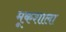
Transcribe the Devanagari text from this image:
मूकशाला